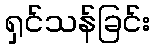
ရှင်သန်ခြင်း